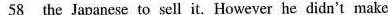
\underline{58} the Japanese to sell it. However he didn't make